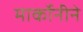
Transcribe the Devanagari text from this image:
मार्कोनीने